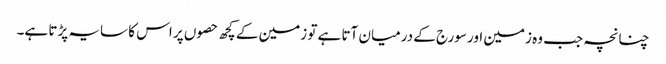
چنانچہ جب وہ زمین اور سورج کے درمیان آتا ہے تو زمین کے کچھ حصوں پر اس کا سایہ پڑتا ہے۔